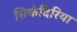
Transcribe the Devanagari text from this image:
सिकंदिरिया